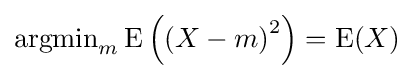
\mathrm {argmin} _{m}\,\mathrm {E} \left(\left(X-m\right)^{2}\right)=\mathrm {E} (X)